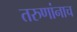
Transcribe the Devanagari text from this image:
तरुणांनाच